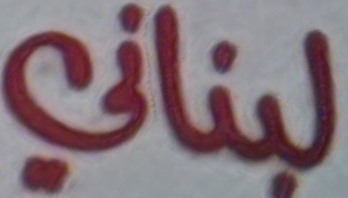
لبناني